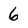
Character: 6